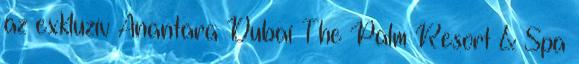
az exkluzív Anantara Dubai The Palm Resort & Spa